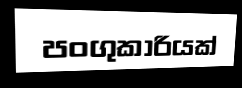
පංගුකාරියක්